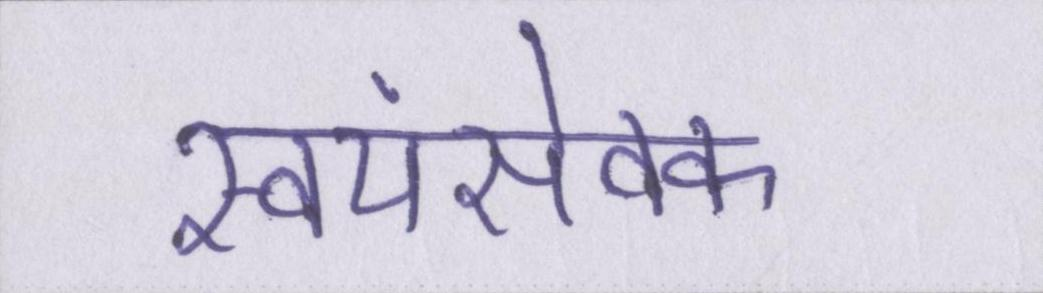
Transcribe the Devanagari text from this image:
स्वयंसेवक